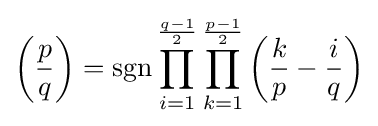
\left({\frac {p}{q}}\right)=\operatorname {sgn} \prod _{i=1}^{\frac {q-1}{2}}\prod _{k=1}^{\frac {p-1}{2}}\left({\frac {k}{p}}-{\frac {i}{q}}\right)